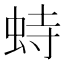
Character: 𫊵